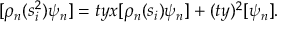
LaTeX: [ \rho _ { n } ( s _ { i } ^ { 2 } ) \psi _ { n } ] = t y x [ \rho _ { n } ( s _ { i } ) \psi _ { n } ] + ( t y ) ^ { 2 } [ \psi _ { n } ] .